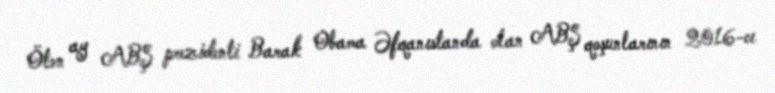
Ötən ay ABŞ prezidenti Barak Obama Əfqanıstanda olan ABŞ qoşunlarının 2016-cı